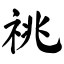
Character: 祧